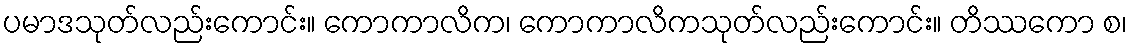
ပမာဒသုတ်လည်းကောင်း။ ကောကာလိက၊ ကောကာလိကသုတ်လည်းကောင်း။ တိဿကော စ၊